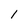
Character: 1